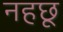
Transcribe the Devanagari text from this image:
नहछू